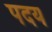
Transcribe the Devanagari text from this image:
पदय